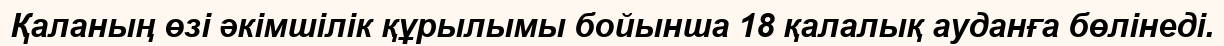
Қаланың өзі әкімшілік құрылымы бойынша 18 қалалық ауданға бөлінеді.